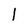
Character: l